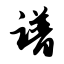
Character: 谱